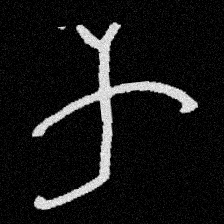
Pyu character \u2014 Myanmar letter: က (romanized: ka)